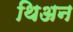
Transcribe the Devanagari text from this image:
थिअन